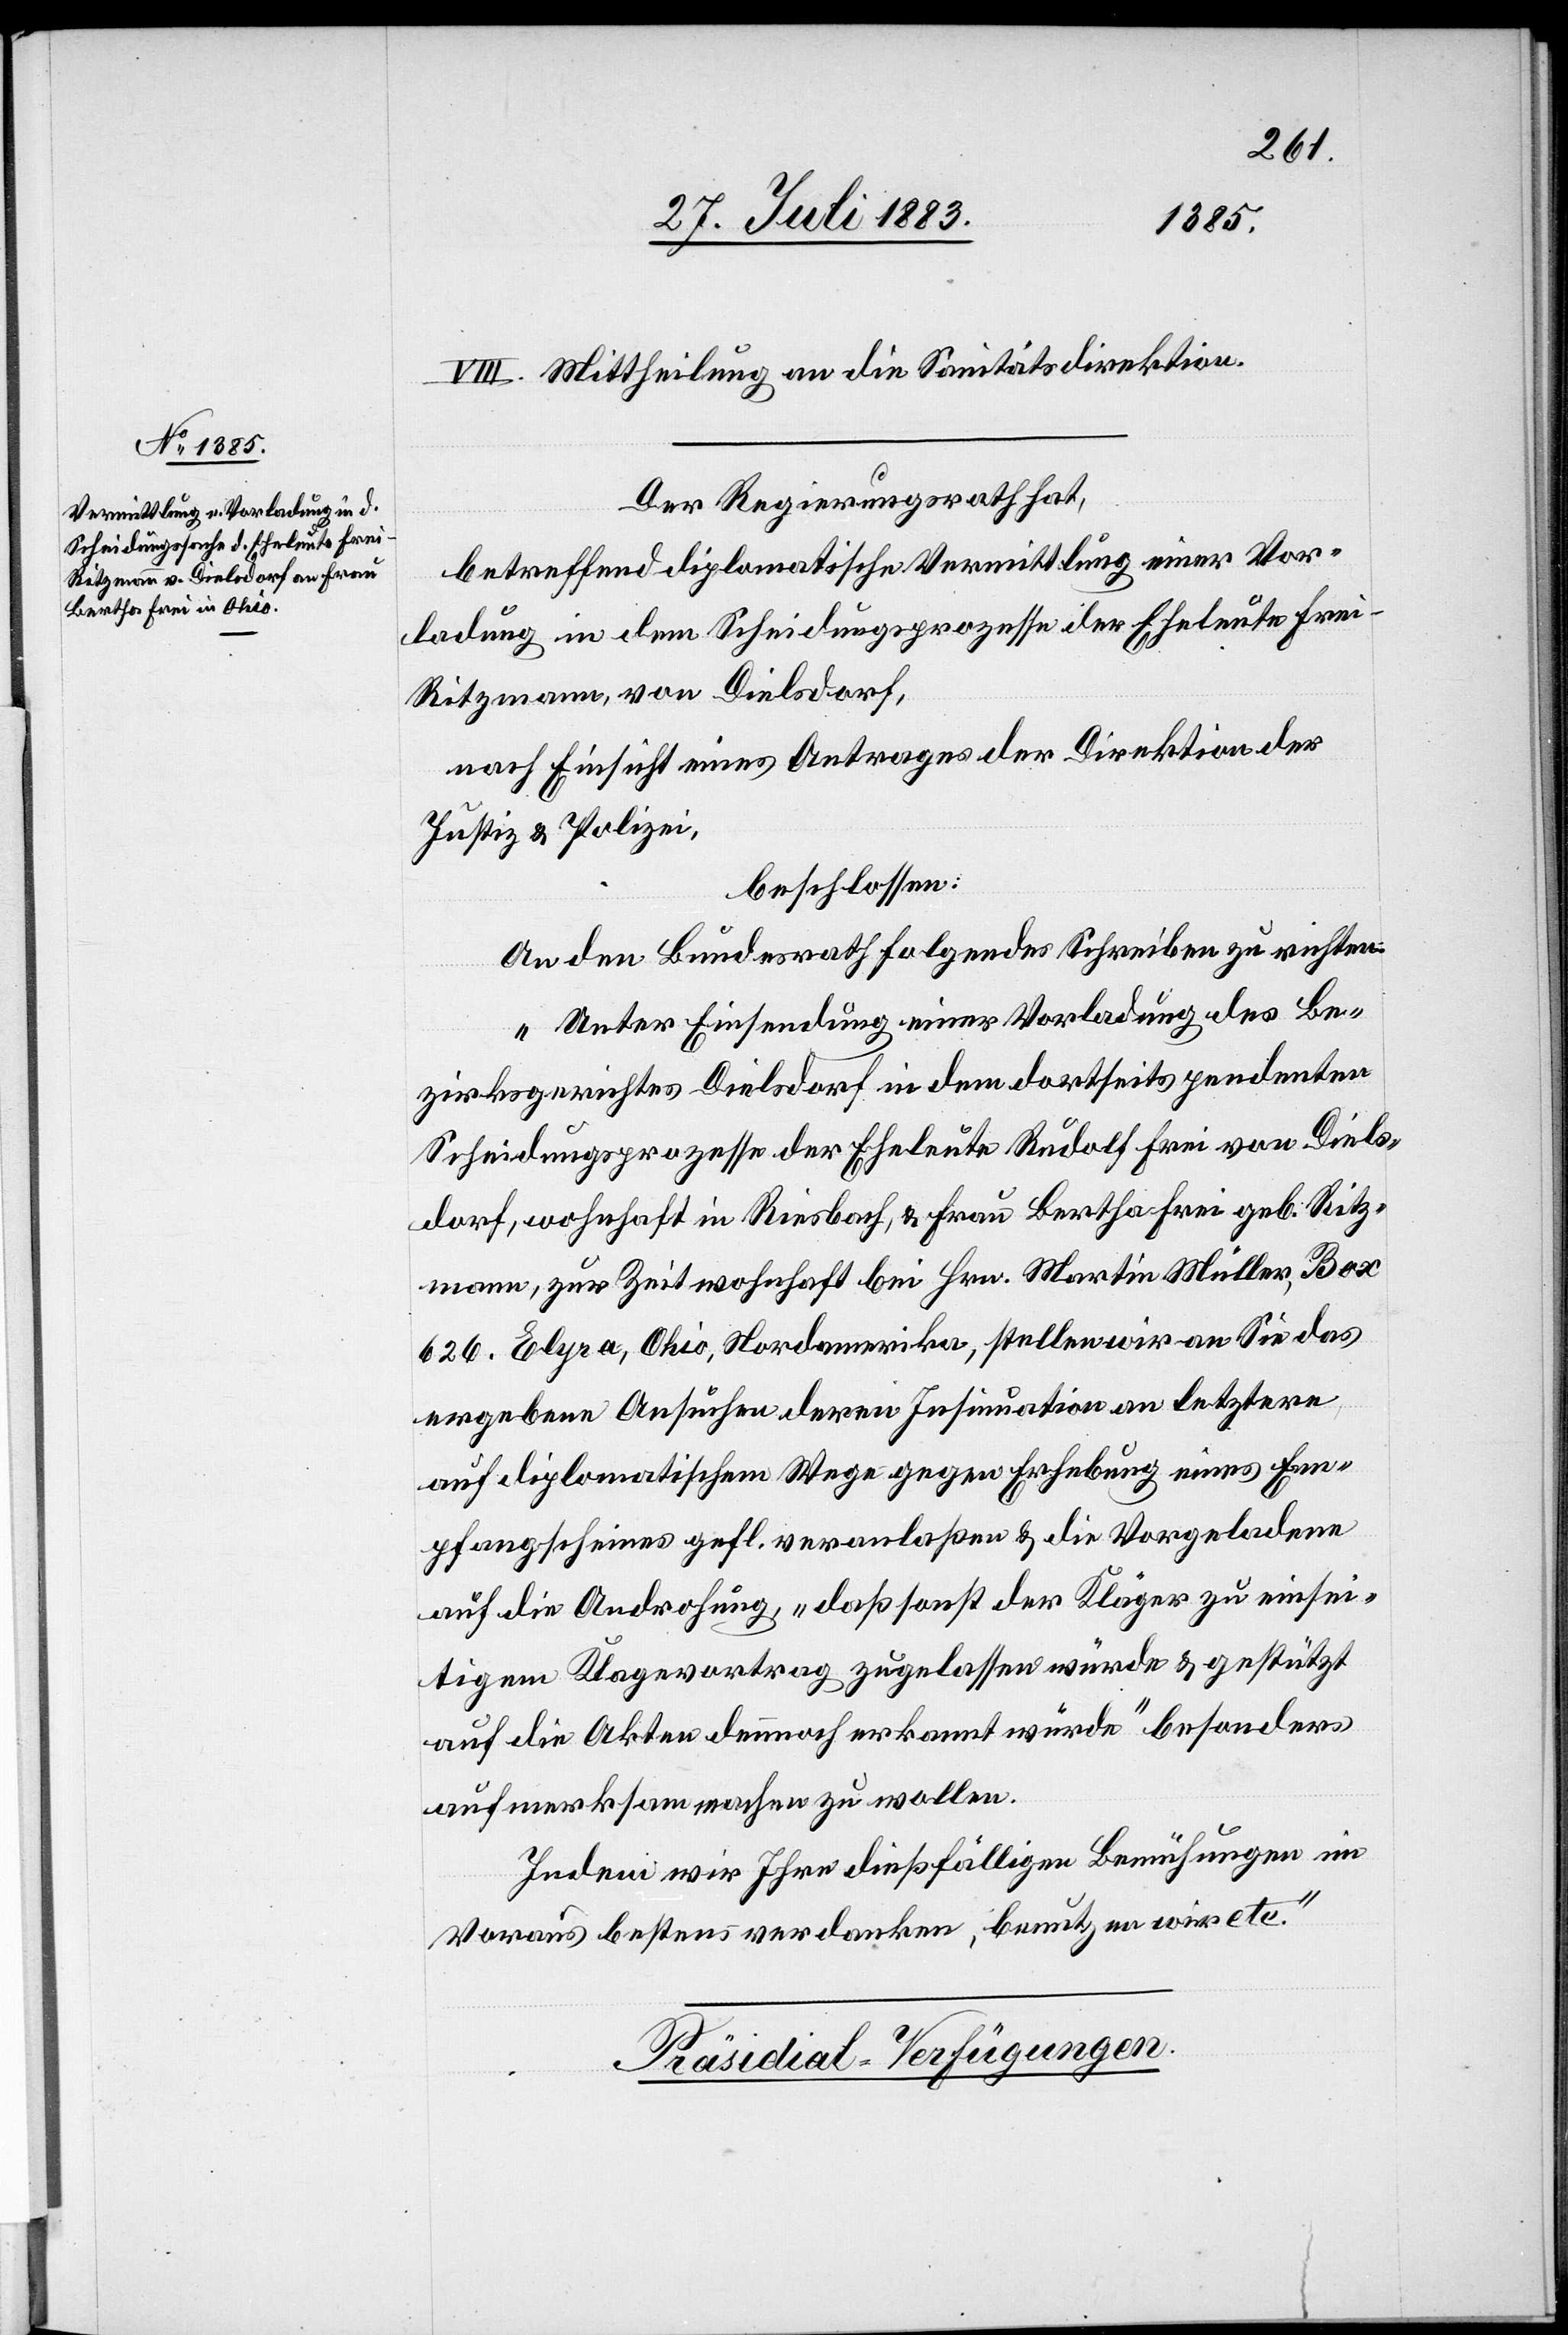
VIII. Mittheilung an die Sanitätsdirektion.
Der Regierungsrath hat,
betreffend diplomatische Vermittlung einer Vor¬
ladung in dem Scheidungsprozesse der Eheleute Frei-R¬
itzmann, von Dielsdorf,
nach Einsicht eines Antrages der Direktion der
Justiz & Polizei,
beschlossen:
An den Bundesrath folgendes Schreiben zu richten:
„Unter Einsendung einer Vorladung des Be¬
zirksgerichtes Dielsdorf in dem dortseits pendenten
Scheidungsprozesse der Eheleute Rudolf Frei von Diels¬
dorf, wohnhaft in Riesbach, & Frau Bertha Frei geb. Ritz¬
mann, zur Zeit wohnhaft bei Hrn. Martin Müller, Box
626. Elyra, Ohio, Nordamerika, stellen wir an Sie das
ergebene Ansuchen, deren Insinuation an letztere
auf diplomatischem Wege gegen Erhebung eines Em¬
pfangsscheines gefl. veranlaßen & die Vorgeladene
auf die Androhung, „daß sonst der Kläger zu einsei¬
tigem Klagevortrag zugelassen würde & gestützt
auf die Akten dennoch erkannt würde“ besonders
aufmerksam machen zu wollen.
Indem wir Ihnen dießfällige Bemühungen im
Voraus bestens verdanken, benutzen wir etc.“
Präsidial-Verfügungen.